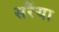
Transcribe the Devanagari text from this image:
सरैंया